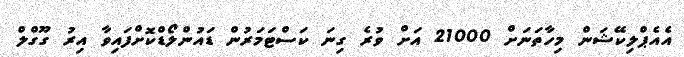
އެއެޕްލިކޭޝަން މިހާތަނަށް 21000 އަށް ވުރެ ގިނަ ކަސްޓަމަރުން ޑައުންލޯޑްކޮށްފައިވާ އިރު ގޫގްލް